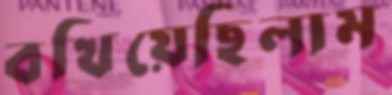
বখিয়েছিলাম